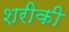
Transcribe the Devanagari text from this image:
शरीकी